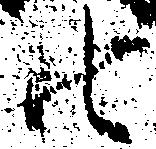
廿